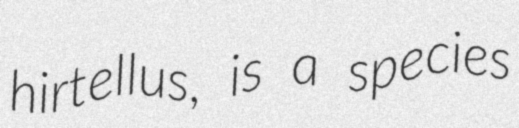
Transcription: hirtellus, is a species